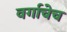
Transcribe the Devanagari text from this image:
वर्गाचेच